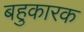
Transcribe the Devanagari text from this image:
बहुकारक